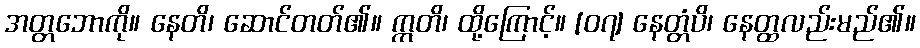
အတ္တဘောကို။ နေတိ၊ ဆောင်တတ်၏။ ဣတိ၊ ထို့ကြောင့်။ [၀၇] နေတ္တံပိ၊ နေတ္ထလည်းမည်၏။